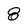
Character: 8